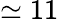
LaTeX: \simeq 11